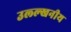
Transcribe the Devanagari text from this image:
उल्ल्खनीय